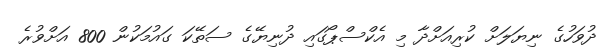
ދުވަހުގެ ނިޔަލަށް ކުރިއަށްދާ މި އެކްސްޕޯގައި ދުނިޔޭގެ ސަތޭކަ ގައުމަކުން 800 އަށްވުރެ